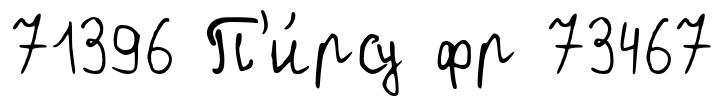
71396 П'и́рсу фр 73467